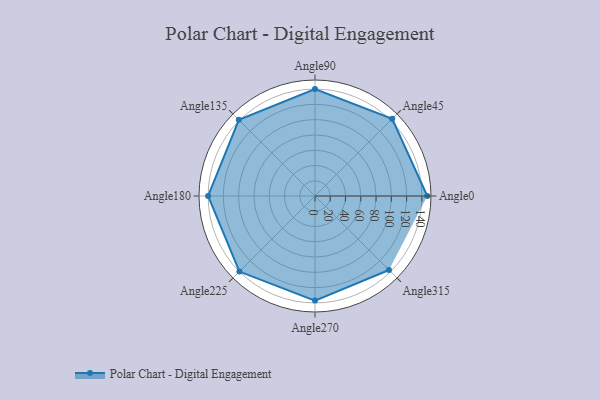
{"axis": {"x": "Angle", "y": "Radius"}, "legend": [""], "data": [{"x": "Angle0", "y": 147.0, "type": ""}, {"x": "Angle45", "y": 143.0, "type": ""}, {"x": "Angle90", "y": 140.0, "type": ""}, {"x": "Angle135", "y": 141.0, "type": ""}, {"x": "Angle180", "y": 140.0, "type": ""}, {"x": "Angle225", "y": 140.0, "type": ""}, {"x": "Angle270", "y": 137.0, "type": ""}, {"x": "Angle315", "y": 137.0, "type": ""}]}